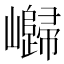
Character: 𱜔